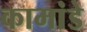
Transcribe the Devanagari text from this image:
कामांडे